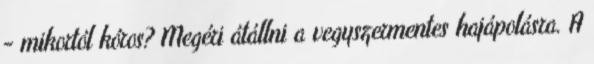
- mikortól kóros? Megéri átállni a vegyszermentes hajápolásra. A